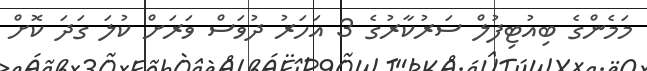
މަމެންގެ ބިއުޓިފުލް ސަރުކާރުގެ 3 އަހަރު ދުވަސް ވަރަށް ކުލަ ގަދަ ކޮށް